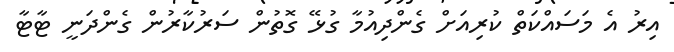
އިރު އެ މަސައްކަތް ކުރިއަށް ގެންދިއުމާ ގުޅޭ ގޮތުން ސަރުކާރުން ގެންދަނީ ޓާޓާ